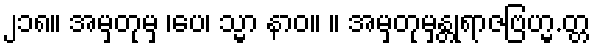
၂၁၈။ အမှတုမှ ၊ပေ၊ သ္မာ နာဝ။ ။ အမှတုမှန္တုရာဇဗြဟ္မ.တ္တ